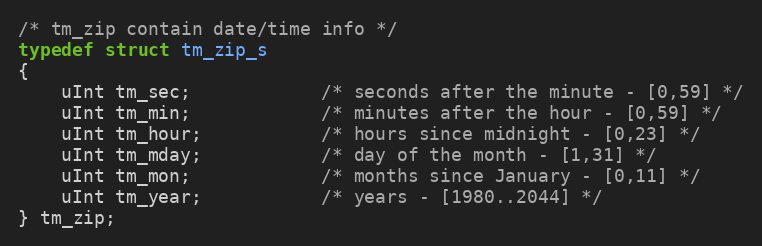
Language: C
/* tm_zip contain date/time info */
typedef struct tm_zip_s
{
    uInt tm_sec;            /* seconds after the minute - [0,59] */
    uInt tm_min;            /* minutes after the hour - [0,59] */
    uInt tm_hour;           /* hours since midnight - [0,23] */
    uInt tm_mday;           /* day of the month - [1,31] */
    uInt tm_mon;            /* months since January - [0,11] */
    uInt tm_year;           /* years - [1980..2044] */
} tm_zip;